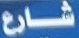
شارع